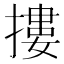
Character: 摟